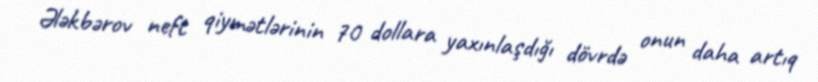
Ələkbərov neft qiymətlərinin 70 dollara yaxınlaşdığı dövrdə onun daha artıq